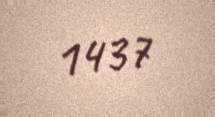
1437